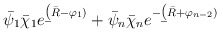
\begin{align*}\bar \psi_1\bar \chi_1 e^{\b (\bar R -\varphi_1)} + \bar \psi_n\bar \chi_n e^{-\b (\bar R +\varphi_{n-2})}\end{align*}